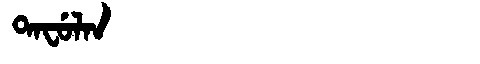
Manchu: ᡨᠠᠸᡠᠯᠠᠨ
Romanization: TAFULAN